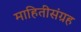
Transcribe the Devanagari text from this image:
माहितीसंग्रह